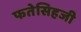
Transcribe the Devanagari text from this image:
फतेसिहजी